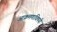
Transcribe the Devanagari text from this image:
आक्रमणाविषयी